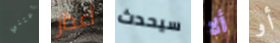
أعتني أعذار سيحدث ألا أو